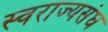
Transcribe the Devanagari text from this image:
स्वराज्यसंघ